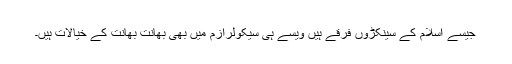
جیسے اسلام کے سینکڑوں فرقے ہیں ویسے ہی سیکولرازم میں بھی بھانت بھانت کے خیالات ہیں۔